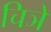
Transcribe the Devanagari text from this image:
चिञे